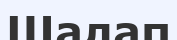
Шалап